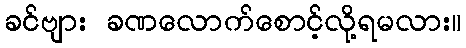
ခင်ဗျား ခဏလောက်စောင့်လို့ရမလား။